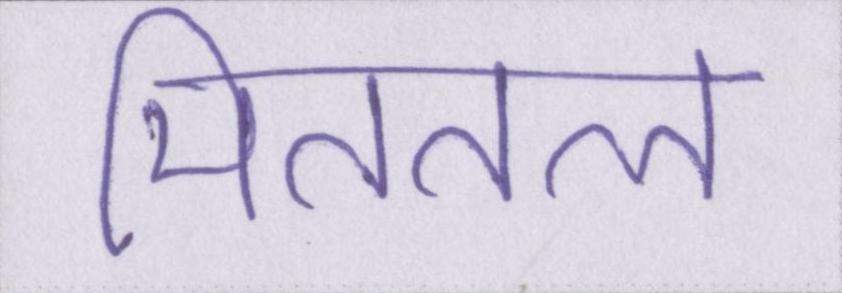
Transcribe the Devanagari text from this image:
मिततल